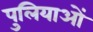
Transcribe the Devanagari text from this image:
पुलियाओं